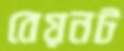
বেয়নট